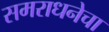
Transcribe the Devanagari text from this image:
समराधनेचा